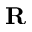
\mathbf { R }